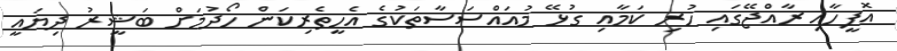
އޮފީހާއި ރާއްޖޭގައި ހުރި ކަމާއި ގުޅޭ މުއައްސަސާތަކުގެ އެހީތެރިކަން ހޯދުމަށް ބަޝީރު ދިޔައީ